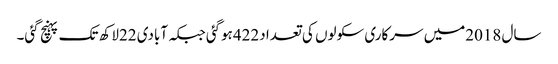
سال 2018میں سرکاری سکولوں کی تعدا د422ہوگئی جبکہ آبادی 22لاکھ تک پہنچ گئی۔